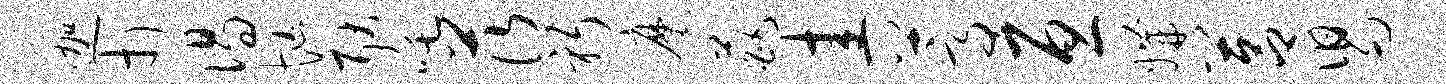
迦打偈忙耿吒茨躬麾葩圭蒿亘媾莒舄